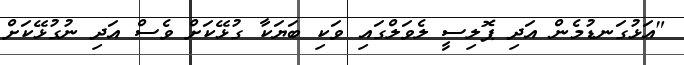
"އަޅުގަނޑުމެން އަދި ޕޮލިސީ ލެވަލްގައި ވަކި ބަޔަކާ ގުޅޭކަށް ވެސް އަދި ނުގުޅޭކަށް